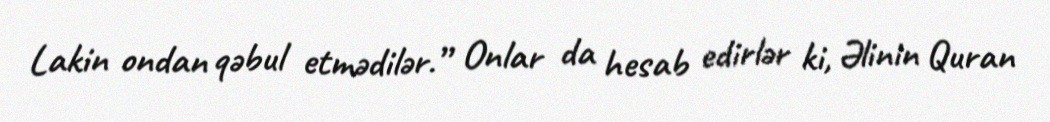
Lakin ondan qəbul etmədilər.” Onlar da hesab edirlər ki, Əlinin Quran